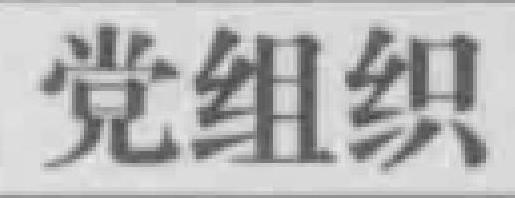
党组织